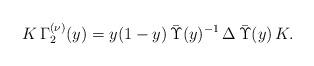
LaTeX: \begin{align*} K\, \Gamma_2^{(\nu)}(y)=y(1-y) \, \bar \Upsilon(y)^{-1}\, \Delta \, \bar\Upsilon(y) \, K. \end{align*}